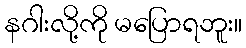
နဂါးလို့ကို မပြောရဘူး။